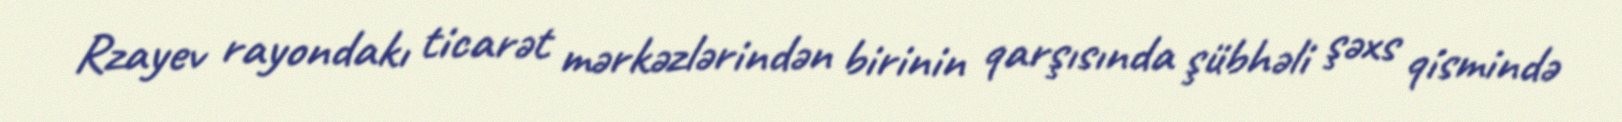
Rzayev rayondakı ticarət mərkəzlərindən birinin qarşısında şübhəli şəxs qismində